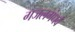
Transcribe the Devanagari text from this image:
गजलगंधर्व